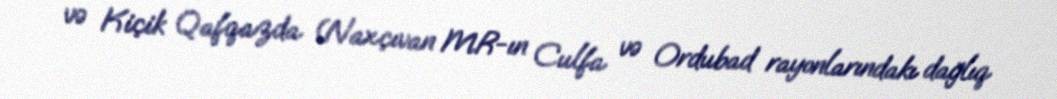
və Kiçik Qafqazda (Naxçıvan MR-ın Culfa və Ordubad rayonlarındakı dağlıq